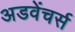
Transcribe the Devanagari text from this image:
अडवेंचर्स